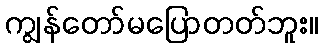
ကျွန်တော်မပြောတတ်ဘူး။